Report of the Bombay Veterinary College
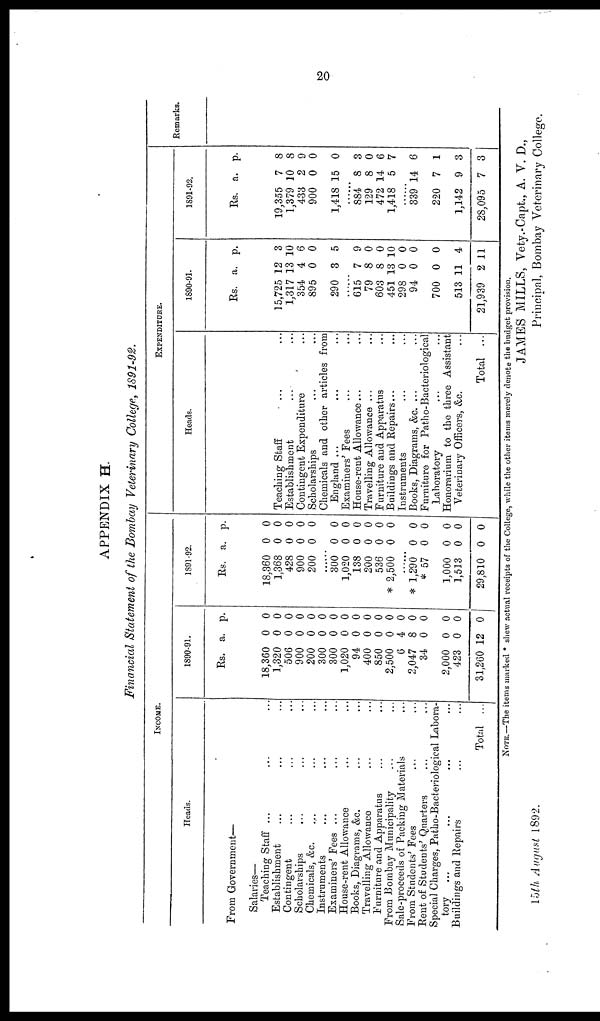
20
APPENDIX H.
Financial Statement of the Bombay Veterinary College, 1891-92.
INCOME.
Heads.
From Government—
Salaries—
Teaching Staff ... ... ... ...
Establishment ... ... ... ...
Contingent ... ... ... ...
Scholarships ... ... ... ...
Chemicals, &c.... ... ... ...
Instruments ... ... ... ...
Examiners' Fees ... ... ... ...
House-rent Allowance ... ... ... ...
Books, Diagrams, &c. ... ... ... ...
Travelling Allowance ... ... ... ...
Furniture and Apparatus ... ... ... ...
From Bombay Municipality... ... ... ...
Sale-proceeds of Packing Materials ... ...
From Students' Fees ... ...
Rent of Students'Quarters ... ...
Special Charges, Patho-Bacteriological Labora-
tory
...
Buildings and Repairs ... ... ... ...
Total ... ... ... ... ...
1890-91.
Rs.
18,360
1,320
506
900
200
300
300
1,020
94
400
850
2,500
6
2,047
34
2,000
423
31,260
a.
0
0
0
0
0
0
0
0
0
0
0
0
4
8
0
0
0
12
p.
0
0
0
0
0
0
0
0
0
0
0
0
0
0
0
0
0
0
1891-92.
Rs.
18,360
1,368
428
900
200
300
1,020
138
200
536
* 2,500
* 1,290
* 57
1,000
1,513
29,810
a.
0
0
0
0
0
0
0
0
0
0
0
0
0
0
0
0
p.
0
0
0
0
0
0
0
0
0
0
0
0
0
0
0
0
EXPENDITURE.
Heads.
Teaching Staff
...
Establishment
Contingent Expenditure
Scholarships
Chemicals and other articles from
England ...
Examiners' Fees
House-rent Allowance...
Travelling Allowance
Furniture and Apparatus
Buildings and Repairs...
Instruments
Books, Diagrams, &c. ...
Furniture for Patho-Bacteriological
Laboratory
Honorarium to the three Assistant
Veterinary Officers, &c.
Total ...
1890-91.
Rs.
15,725
1,317
354
895
290
615
79
603
451
298
94
700
513
21,939
a. p.
12 3
13 10
4 6
0 0
3 5
7 9
8 0
8 0
13 10
0 0
0 0
0 0
11 4
2 11
1891-92.
Rs.
19,355
1,379
433
900
1,418
884
129
472
1,418
339
220
1,142
28,095
a.
7
10
2
0
15
8
8
14
5
14
7
9
7
p.
8
8
9
0
0
3
0
6
7
6
1
3
3
Remarks.
NOTE.—The items marked * shew actual receipts of the College, while the other items merely denote the budget provision.
JAMES MILLS, Vety.-Capt., A. V. D.,
15th August 1892.
Principal, Bombay Veterinary College.